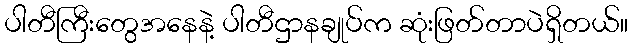
ပါတီကြီးတွေအနေနဲ့ ပါတီဌာနချုပ်က ဆုံးဖြတ်တာပဲရှိတယ်။